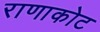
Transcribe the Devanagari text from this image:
राणाकोट